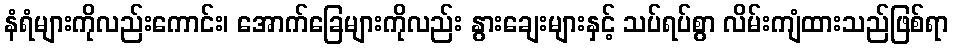
နံရံများကိုလည်းကောင်း၊ အောက်ခြေများကိုလည်း နွားချေးများနှင့် သပ်ရပ်စွာ လိမ်းကျံထားသည်ဖြစ်ရာ